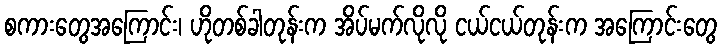
စကားတွေအကြောင်း၊ ဟိုတစ်ခါတုန်းက အိပ်မက်လိုလို ငယ်ငယ်တုန်းက အကြောင်းတွေ